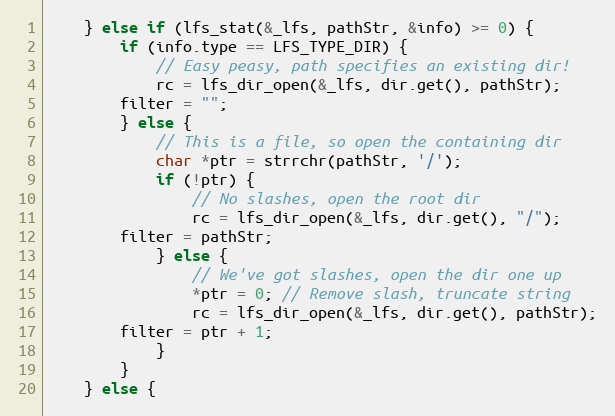
Language: C++
    } else if (lfs_stat(&_lfs, pathStr, &info) >= 0) {
        if (info.type == LFS_TYPE_DIR) {
            // Easy peasy, path specifies an existing dir!
            rc = lfs_dir_open(&_lfs, dir.get(), pathStr);
	    filter = "";
        } else {
            // This is a file, so open the containing dir
            char *ptr = strrchr(pathStr, '/');
            if (!ptr) {
                // No slashes, open the root dir
                rc = lfs_dir_open(&_lfs, dir.get(), "/");
		filter = pathStr;
            } else {
                // We've got slashes, open the dir one up
                *ptr = 0; // Remove slash, truncate string
                rc = lfs_dir_open(&_lfs, dir.get(), pathStr);
		filter = ptr + 1;
            }
        }
    } else {